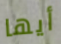
أيها